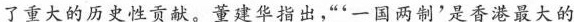
了重大的历史性贡献。董建华指出，”'一国两制'是香港最大的